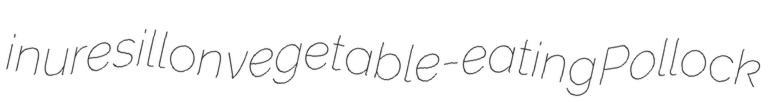
inure sillon vegetable-eating Pollock